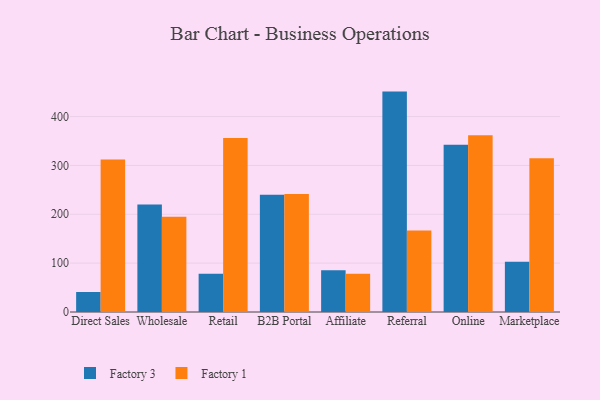
{"axis": {"x": "Channel", "y": "LTV (USD)"}, "legend": ["Factory 1", "Factory 3"], "data": [{"x": "Direct Sales", "y": 41.0, "type": "Factory 3"}, {"x": "Direct Sales", "y": 312.1, "type": "Factory 1"}, {"x": "Wholesale", "y": 219.9, "type": "Factory 3"}, {"x": "Wholesale", "y": 195.2, "type": "Factory 1"}, {"x": "Retail", "y": 78.1, "type": "Factory 3"}, {"x": "Retail", "y": 356.3, "type": "Factory 1"}, {"x": "B2B Portal", "y": 240.2, "type": "Factory 3"}, {"x": "B2B Portal", "y": 241.3, "type": "Factory 1"}, {"x": "Affiliate", "y": 85.2, "type": "Factory 3"}, {"x": "Affiliate", "y": 78.5, "type": "Factory 1"}, {"x": "Referral", "y": 451.1, "type": "Factory 3"}, {"x": "Referral", "y": 166.9, "type": "Factory 1"}, {"x": "Online", "y": 342.3, "type": "Factory 3"}, {"x": "Online", "y": 362.0, "type": "Factory 1"}, {"x": "Marketplace", "y": 102.7, "type": "Factory 3"}, {"x": "Marketplace", "y": 314.8, "type": "Factory 1"}]}